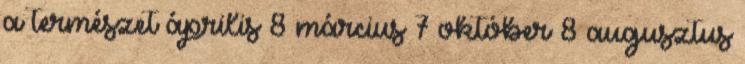
a természet április 8 március 7 október 8 augusztus